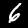
Label: 6